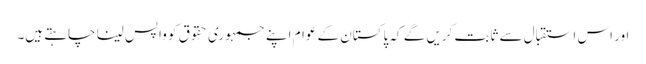
اور اس استقبال سے ثابت کریں گے کہ پاکستان کے عوام اپنے جمہوری حقوق کو واپس لینا چاہتے ہیں۔